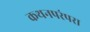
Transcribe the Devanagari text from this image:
कथनपरंपरा